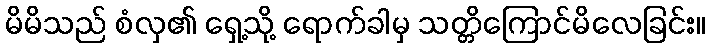
မိမိသည် စံလှ၏ ရှေ့သို့ ရောက်ခါမှ သတ္တိကြောင်မိလေခြင်း။